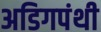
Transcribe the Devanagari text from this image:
अडिगपंथी